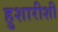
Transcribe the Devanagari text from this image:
हुशारीशी